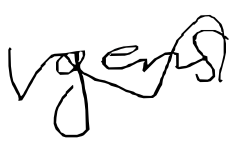
Text: gens
Cross-out: wave
Writing tool: digital_black